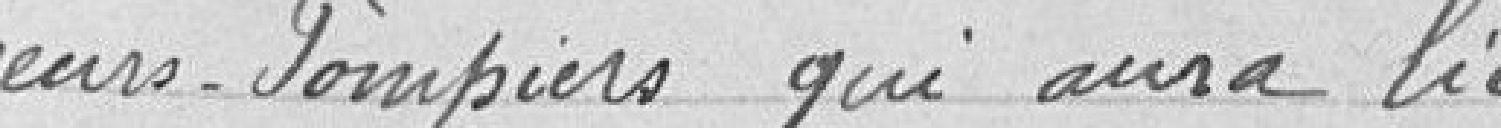
Sapeurs Pompiers qui aura lieu